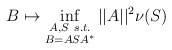
\begin{align*} B \mapsto \inf_{\substack{A, S \ s.t. \\ B = ASA^*}}||A||^2\nu(S)\end{align*}